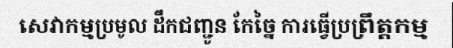
សេវាកម្មប្រមូល ដឹកជញ្ជូន កែច្នៃ ការធ្វើប្រព្រឹត្តកម្ម